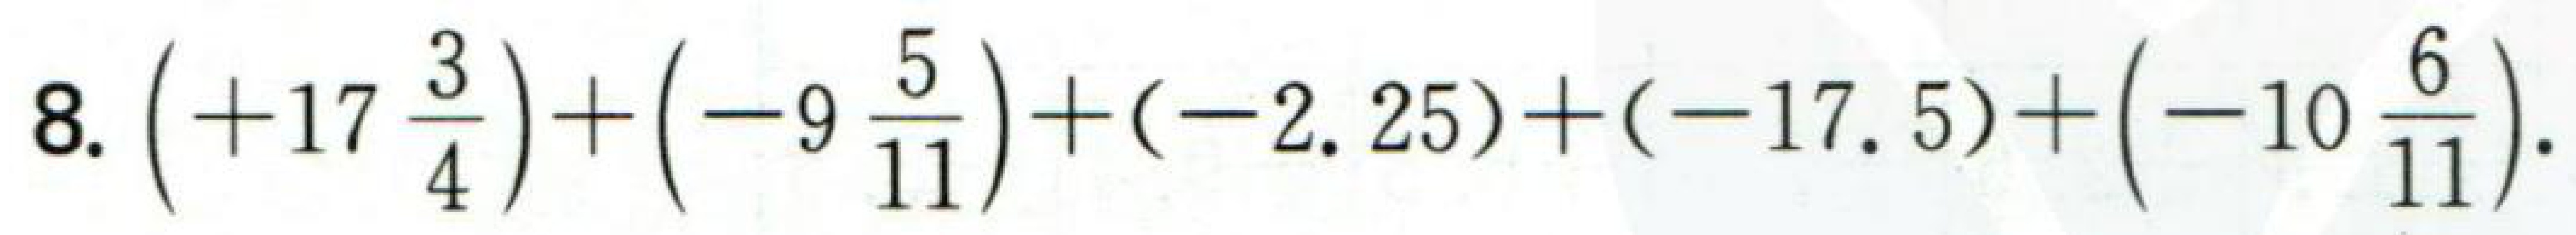
$8.\left( + 17\frac{3}{4}\right)+\left(-9\frac{5}{11}\right)+(-2.25)+(-17.5)+\left(-10\frac{6}{11}\right).$